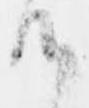
候